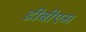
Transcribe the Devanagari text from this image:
डीबीएम